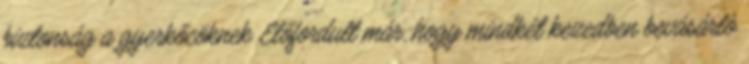
biztonság a gyerkőcöknek Előfordult már, hogy mindkét kezedben bevásárló